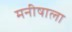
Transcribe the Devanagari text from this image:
मनीषाला